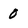
Character: 0